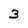
Character: 3